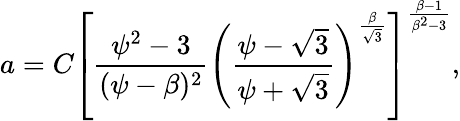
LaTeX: a=C\left[\frac{\psi^{2}-3}{(\psi-\beta)^{2}}\left(\frac{\psi-\sqrt 3}{\psi+\sqrt 3}\right)^{\frac{\beta}{\sqrt 3}}\right]^{\frac{\beta-1}{\beta^{2}-3}},